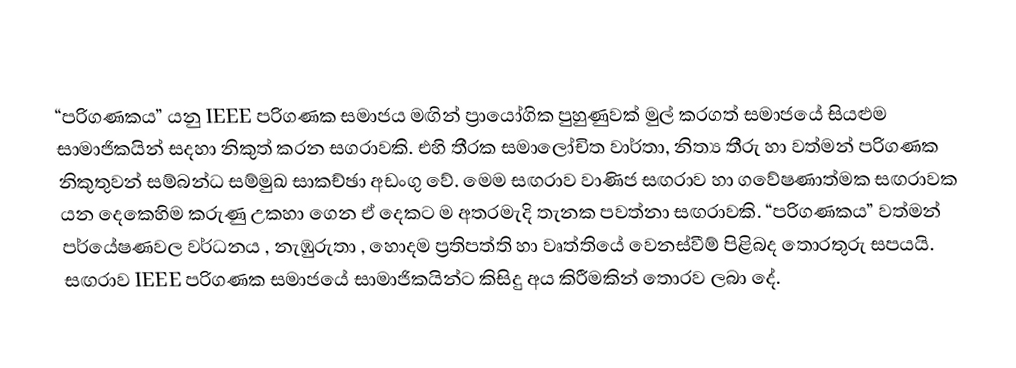
“පරිගණකය” යනු  IEEE  පරිගණක සමාජය මඟින් ප්‍රායෝගික පුහුණුවක් මුල් කරගත්  සමාජයේ සියළුම සාමාජිකයින් සදහා නිකුත් කරන සගරාවකි. එහි තීරක සමාලෝචිත වාර්තා, නිත්‍ය තීරු හා වත්මන් පරිගණක නිකුතුවන් සම්බන්ධ සම්මුඛ සාකච්ඡා අඩංගු වේ. මෙම සඟරාව වාණිජ සඟරාව හා ගවේෂණාත්මක සඟරාවක යන දෙකෙහිම කරුණු උකහා ගෙන ඒ දෙකට ම අතරමැදි තැනක පවත්නා සඟරාවකි. “පරිගණකය” වත්මන් පර්යේෂණවල වර්ධනය , නැඹුරුතා , හොදම   ප්‍රතිපත්ති හා වෘත්තියේ වෙනස්වීම් පිළිබද තොරතුරු සපයයි. සඟරාව IEEE  පරිගණක සමාජයේ සාමාජිකයින්ට කිසිදු අය කිරීමකින් තොරව ලබා දේ.